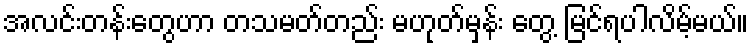
အလင်းတန်းတွေဟာ တသမတ်တည်း မဟုတ်မှန်း တွေ့ မြင်ရပါလိမ့်မယ်။